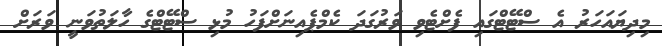
މިދިޔައަހަރު އެ ސްޓޭޓްގައި ފެށްޓެވި ވަރުގަދަ ކެމްޕެއިނަށްފަހު މުޅި ސްޓޭޓްގެ ހާލަތުވަނީ ވަރަށް